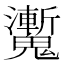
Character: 魙